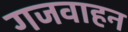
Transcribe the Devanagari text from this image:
गजवाहन